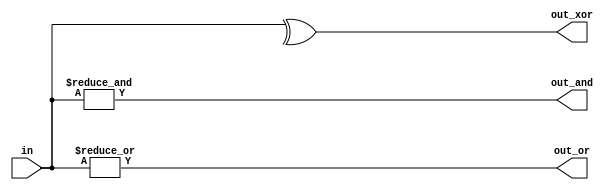
// This program was cloned from: https://github.com/Yvan-xy/verilog-doc
// License: GNU General Public License v2.0

module top_module( 
    input [99:0] in,
    output out_and,
    output out_or,
    output out_xor 
);
    assign out_and = &in[99:0];
    assign out_or = |in[99:0];
    assign out_xor = ^in[99:0];
endmodule